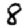
Digit: 8